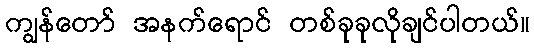
ကျွန်တော် အနက်ရောင် တစ်ခုခုလိုချင်ပါတယ်။